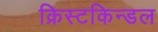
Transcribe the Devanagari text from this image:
क्रिस्टकिन्डल